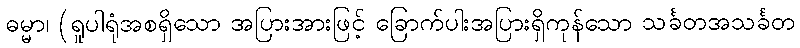
ဓမ္မာ၊ (ရူပါရုံအစရှိသော အပြားအားဖြင့် ခြောက်ပါးအပြားရှိကုန်သော သင်္ခတအသင်္ခတ